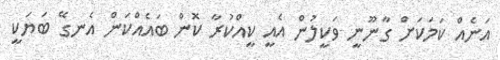
އަނެއް ކަމަކަށް ގާނޫނީ ވަކީލުން އެއީ ކީއްކުރާ ކޮން ބައެއްކަން އެނގޭ ބަޔަކީ